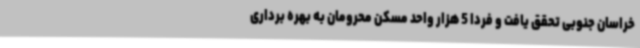
خراسان جنوبی تحقق یافت و فردا 5 هزار واحد مسکن محرومان به بهره برداری